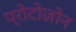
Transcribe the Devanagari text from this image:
प्रोटोज़ोन